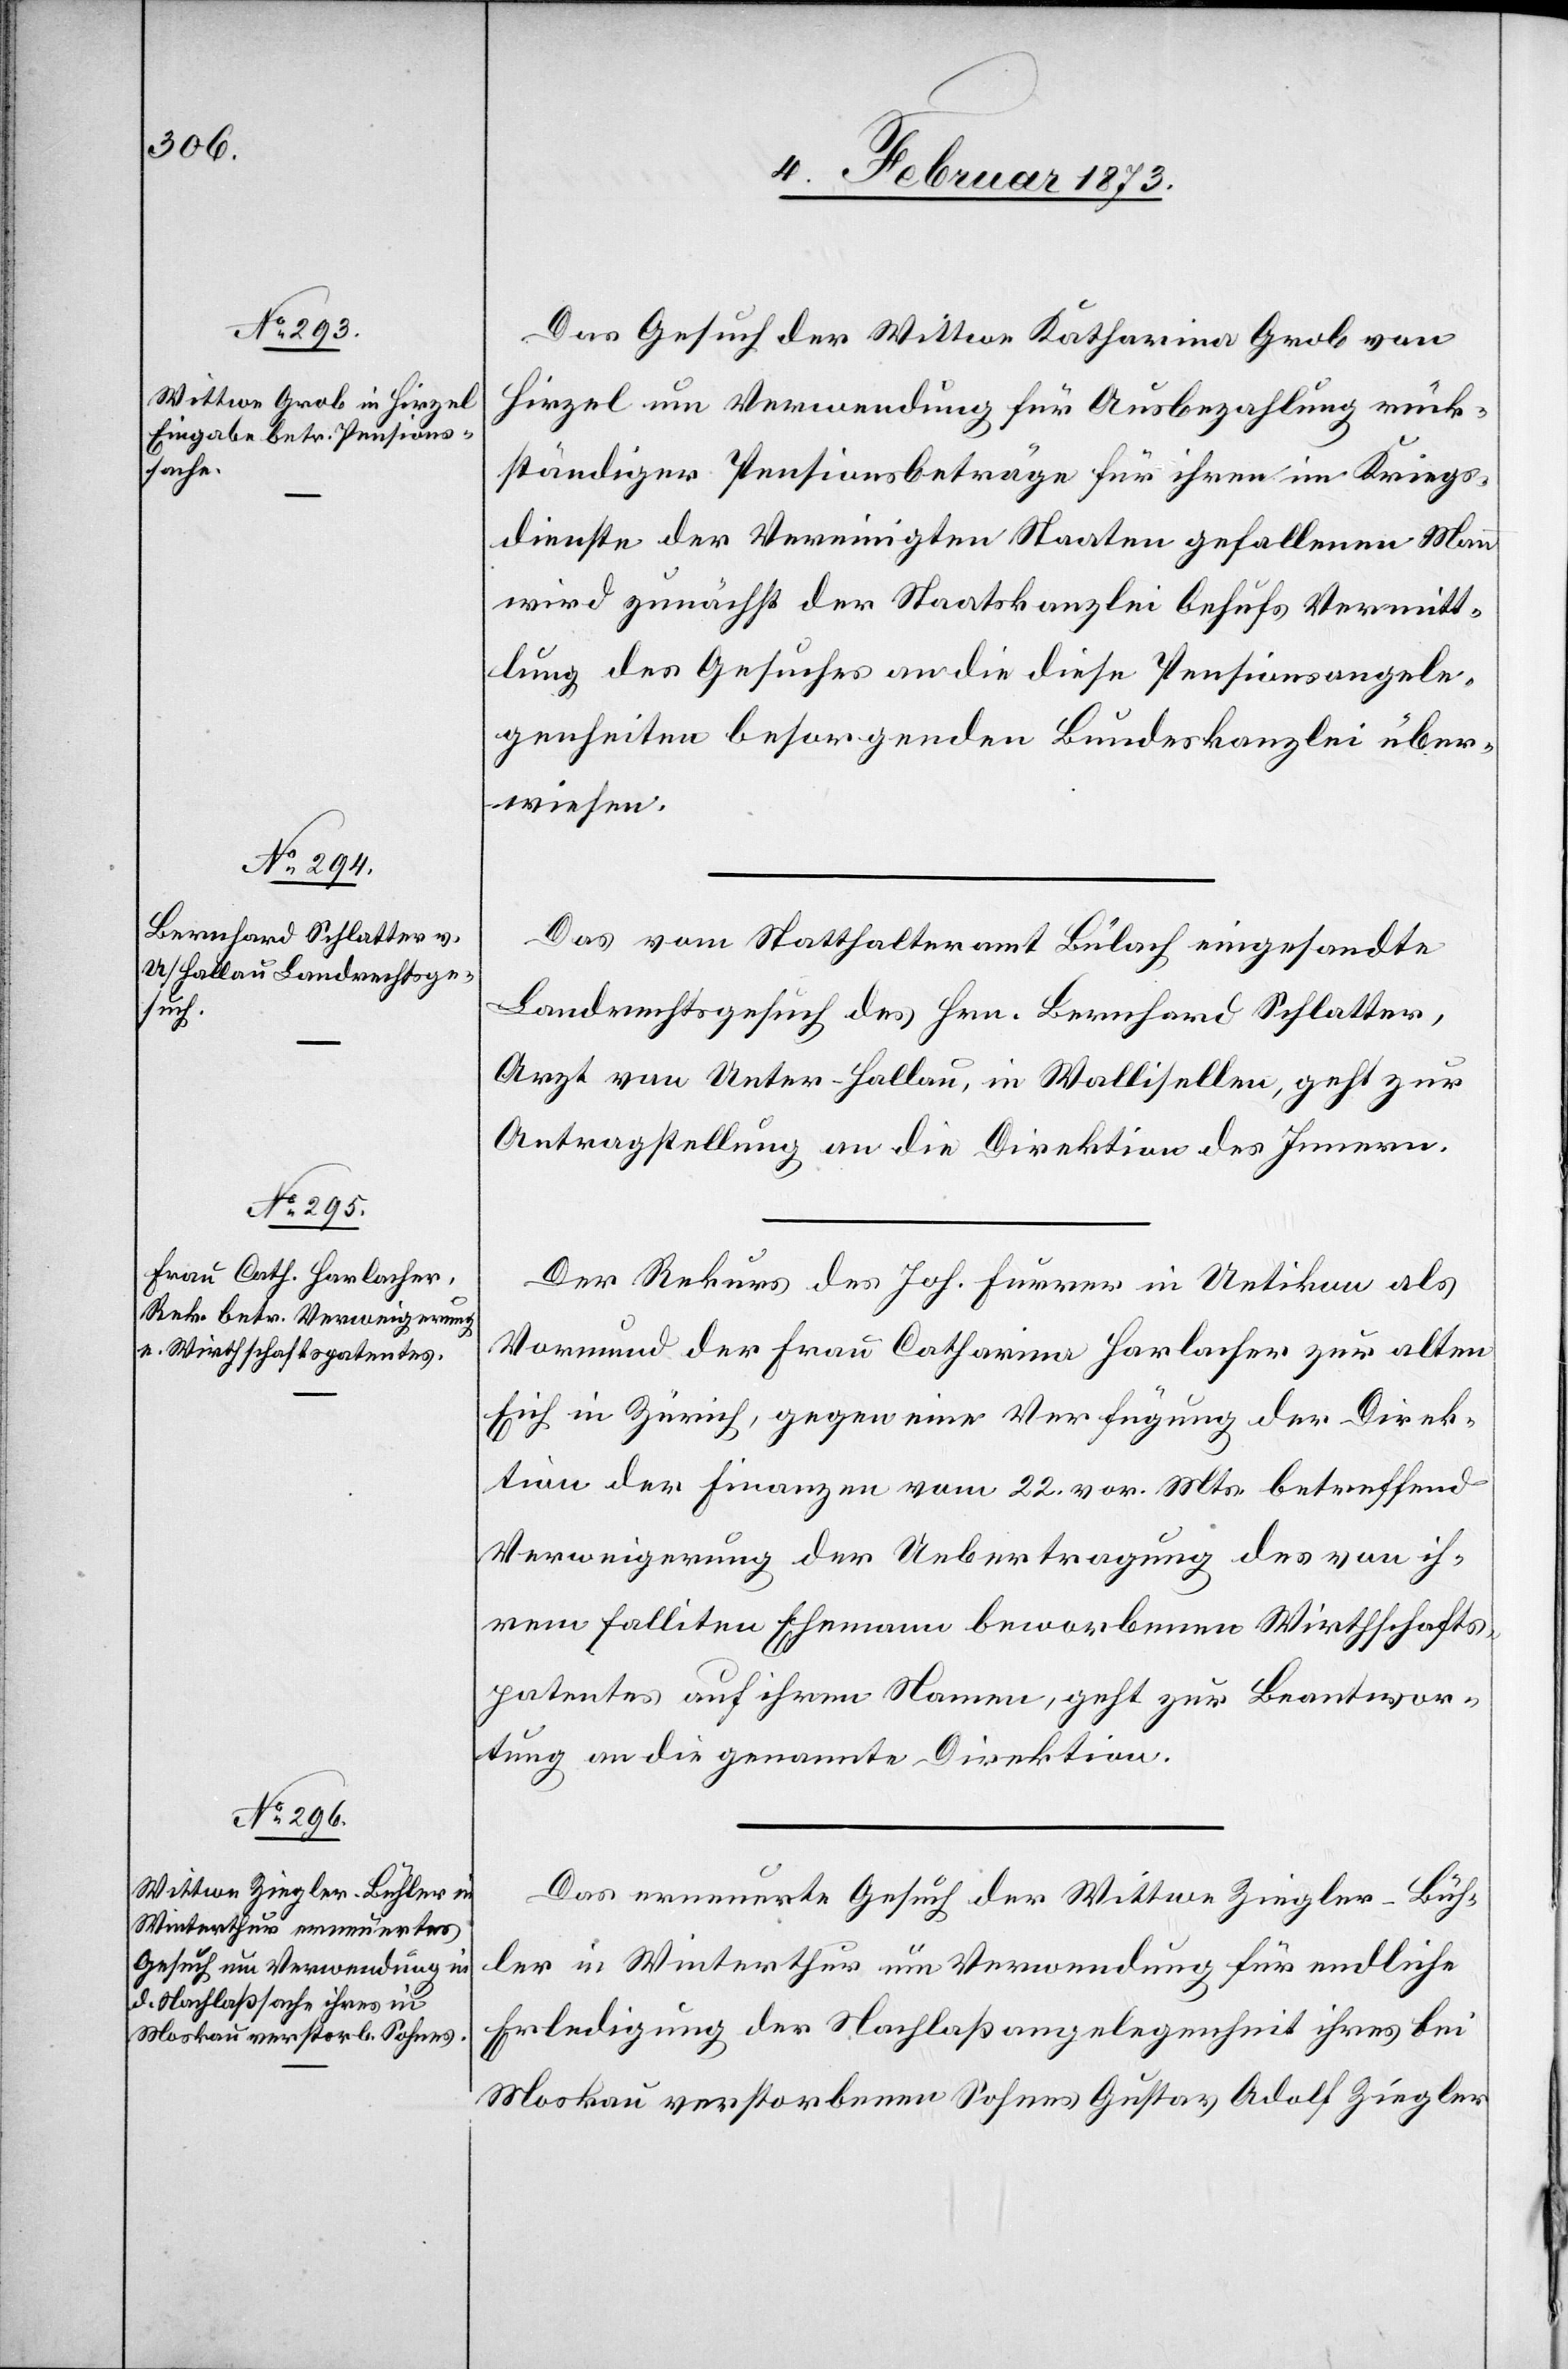
5. Februar 1873.]
Das Gesuch der Wittwe Katharina Grob von
Hirzel um Verwendung für Ausbezahlung rück¬
ständiger Pensionsbeträge für ihren im Kriegs¬
dienste der Vereinigten Staaten gefallenen Mann
wird zunächst der Staatskanzlei behufs Vermitt¬
lung des Gesuches an die diese Pensionsangele¬
genheiten besorgenden Bundeskanzlei über¬
wiesen.
Das vom Statthalteramt Bülach eingesandte
Landrechtsgesuch des Hrn. Bernhard Schlatter,
Arzt von Unter-Hallau, in Wallisellen, geht zur
Antragstellung an die Direktion des Innern.
Der Rekurs des Joh. Furrer in Uetikon als
Vormund der Frau Catharina Horlacher zur alten
Eich in Zürich, gegen eine Verfügung der Direk¬
tion der Finanzen vom 22. vor. Mts. betreffend
Verweigerung der Uebertragung des von ih¬
rem falliten Ehemann beworbenen Wirthschafts¬
patentes auf ihren Namen, geht zur Beantwor¬
tung an die genannte Direktion.
Das erneuerte Gesuch der Wittwe Ziegler-Büh¬
ler in Winterthur um Verwendung für endliche
Erledigung der Nachlaßangelegenheit ihres bei
Moskau verstorbenen Sohnes Gustav Adolf Ziegler